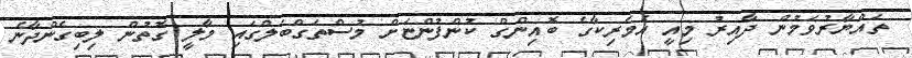
ތައްޔާރުވަމުން ދާއިރު މިއީ އެމެރިކާގެ ބޮއިންގް ކުންފުންޏަށް މުސްތަގްބަލްގައި މާލީ ގޮތުން ލިބިގެންދާނެ